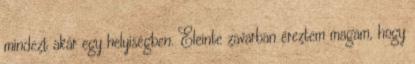
mindezt akár egy helyiségben. Eleinte zavarban éreztem magam, hogy